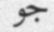
جو